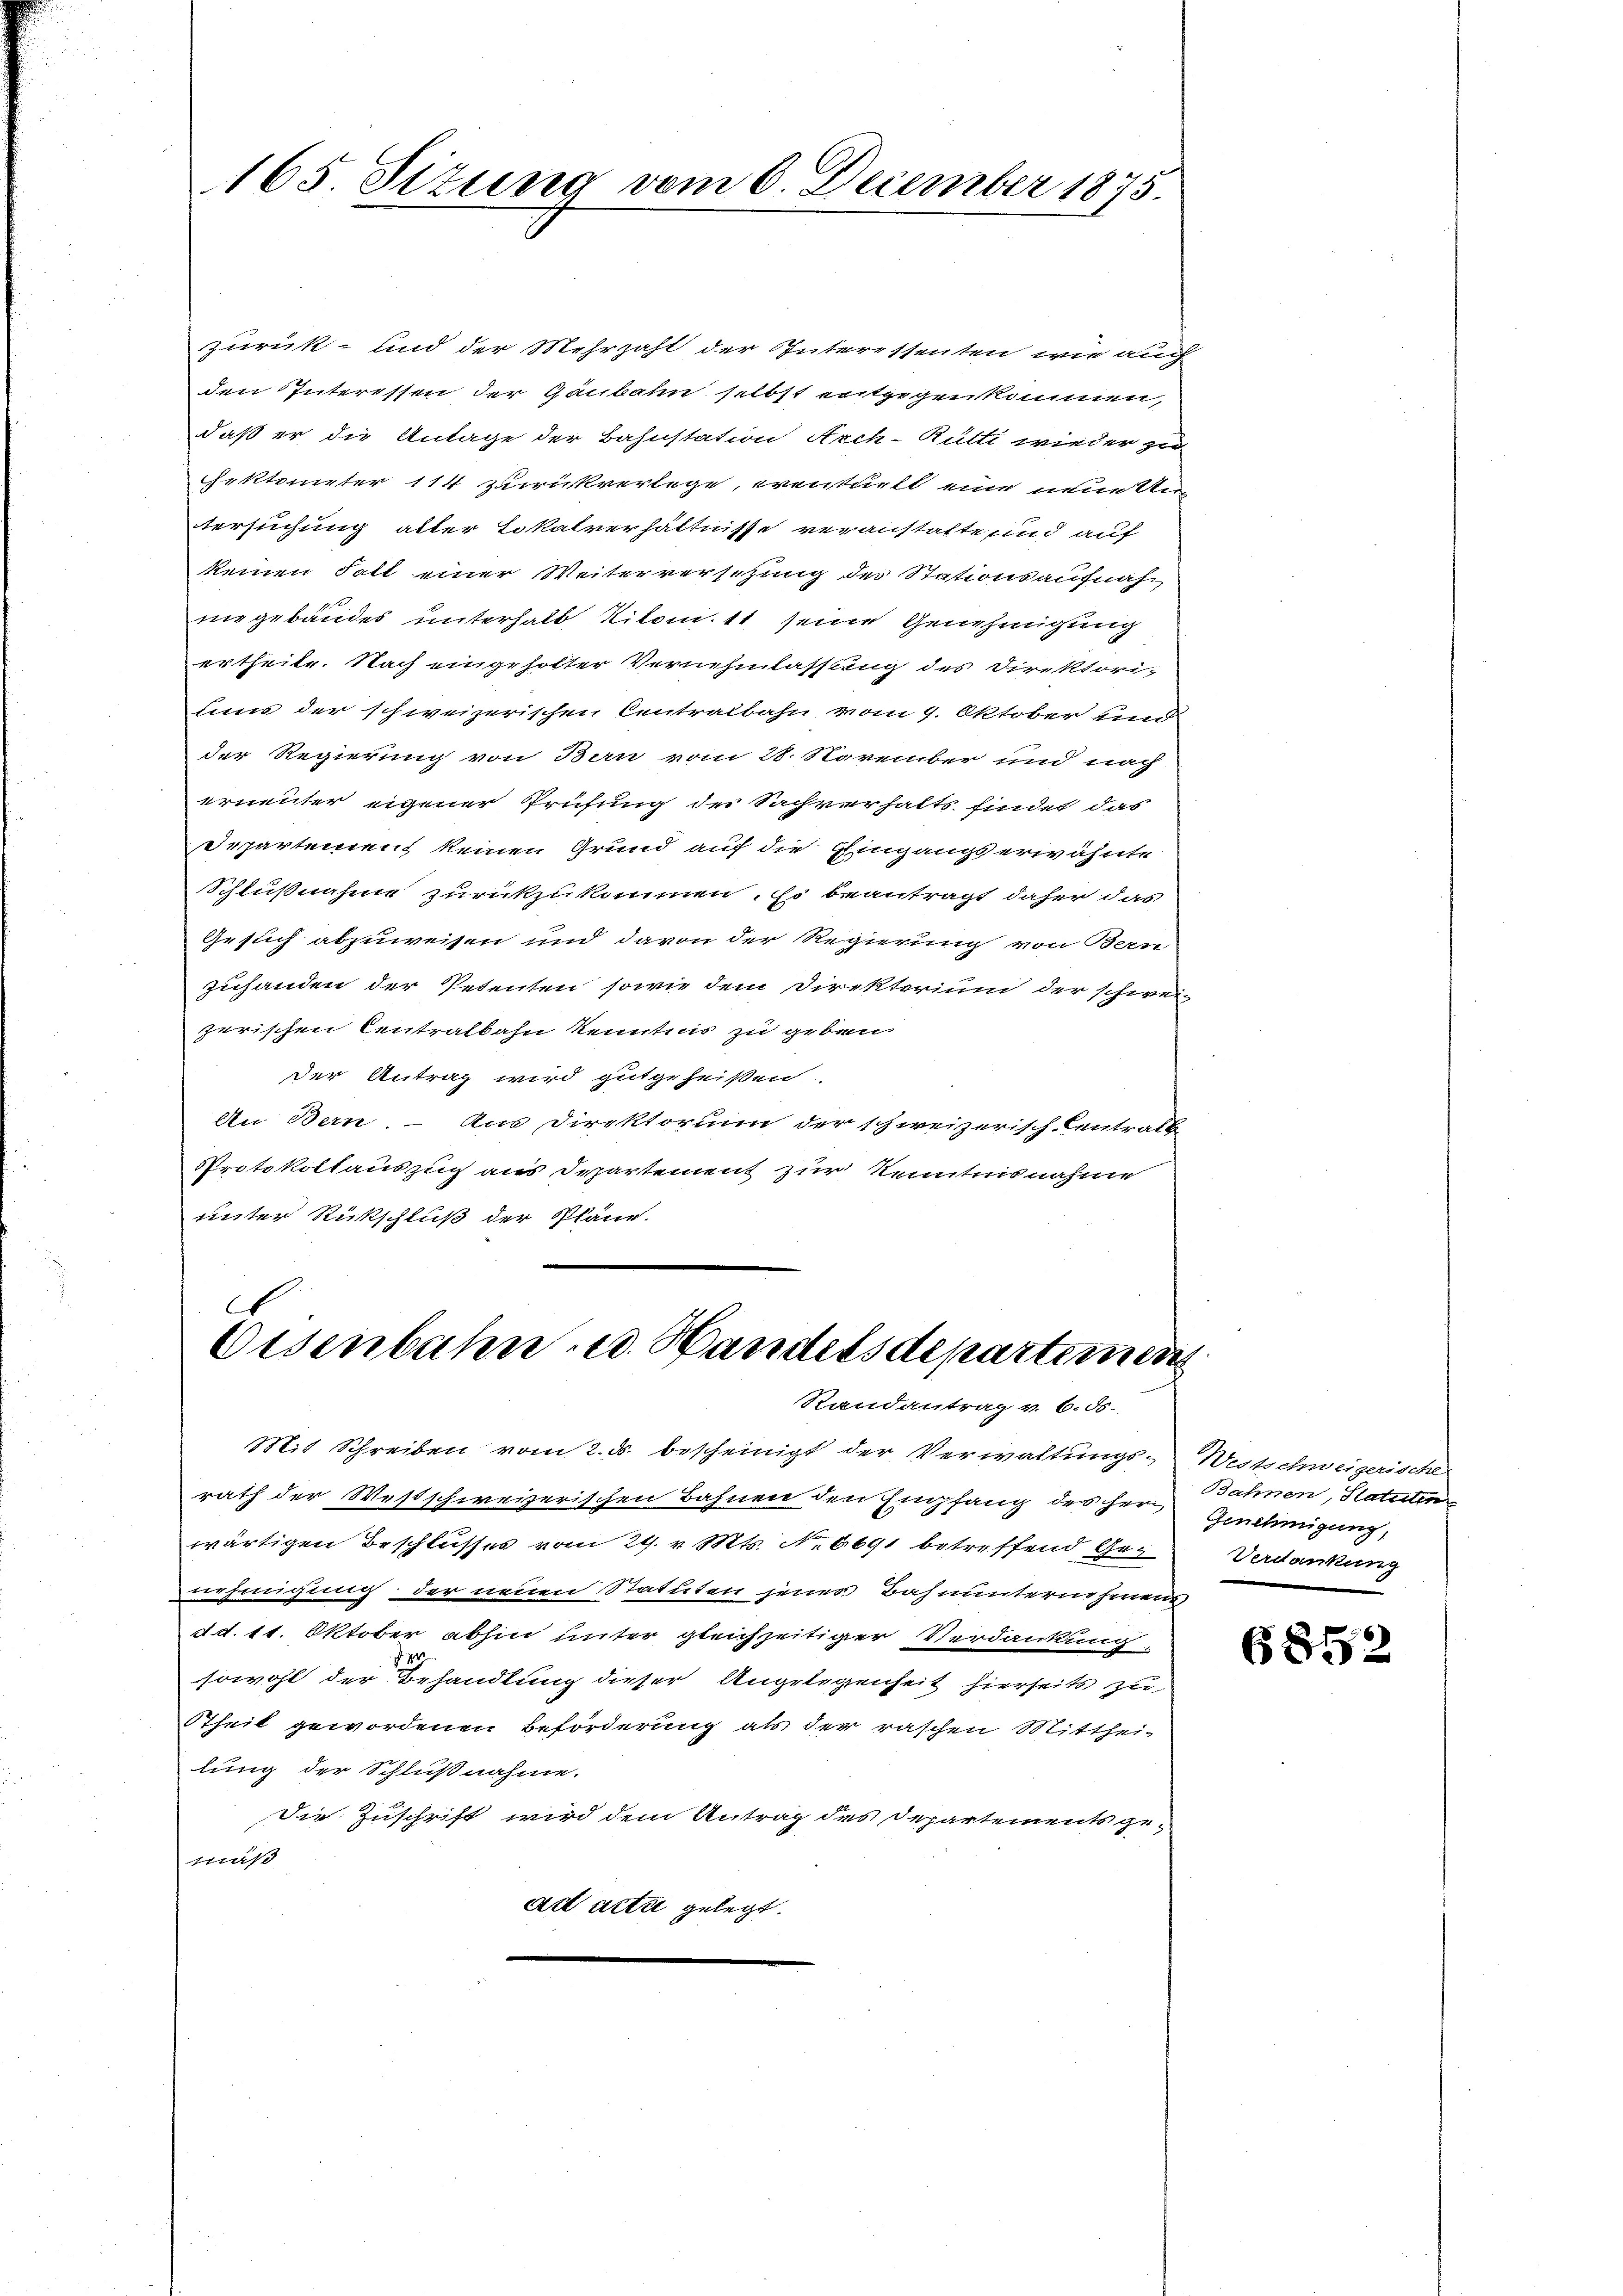
165 Sizung vom 6. December 1875.

zurück- und der Mehrzahl der Interessenten, wie auch
den Interessen der Gaubahn selbst entgegenkommen,
daß er die Antage der Bahnstation Arch-Rütti wieder zu
Frktometer 114 zurückverlege, wentuell eine neuester
tersuchung aller Lokalverhältnisse veranstatte, und auf
keinen Fall einer Weiterversetzung des Stationsaufnah-
niegebäudes unterhalb Ritom. 11 seine Genehmigung
ertheile. Nach eingeholter Vernehmlassung des Direktoriums der schweizerischen Centralbahn vom 9. Oktober und
der Regierung von Ban vom 28. November und nach
ernenter eigener Prüfung der Sachverhalts findet das
Departement keinen Grund auf die Eingangserwähnte
Schlußnahme zurückzukommen. Es beantragt daher das
Gesuch abzuweisen und davon der Regierung von Bern
zuhanden der Petenten sowie dem Direkterium der schwei-
zerischen Centralbahn kenntnis zu geben
der Antrag wird gutgeheißen
An Bern. – Aus Direktorium der schweizerisch-Centratt
Protokollauszug aus Departement zur Kenntnisnahme
unter Rückschluß der Pläne.

.
Eisenbahn u. Handelsdepartemen
Randantrag v. 6. ds.

nehmigung der neuen Statuten jenes Bahnunternehmen
d d. 11. Oktober abhin unter gleichzeitiger Verdankung.
sowohl der Behandlung dieser Angelegenheit hierseits zu
Stheil gewordenen Beförderung als der raschen Mitthei-
lung der Schlußnahme.
die Zuschrift wird dem Antrag des Departements gemäß
Art acta gelegt.

Mit Schreiben vom 2. ds. bescheinigt der Verwaltungsrath der Westschweizerischen Bahnen den Empfang des Herwärtigen Beschlusses vom 29. v. Mts. No 6691 betreffend Ge¬

Westschweigerische
Bahnen, Statuten
Genehmigung,
Verdankung

6852